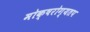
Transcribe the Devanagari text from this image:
मोक्षरोग्यतप